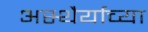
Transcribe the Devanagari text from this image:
अस्थैर्याच्या